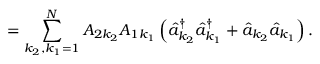
= \sum _ { k _ { 2 } , k _ { 1 } = 1 } ^ { N } A _ { 2 k _ { 2 } } A _ { 1 k _ { 1 } } \left( \hat { a } _ { k _ { 2 } } ^ { \dagger } \hat { a } _ { k _ { 1 } } ^ { \dagger } + \hat { a } _ { k _ { 2 } } \hat { a } _ { k _ { 1 } } \right) .